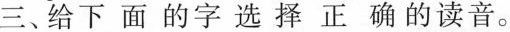
三、给下面的字选择正确的读音。